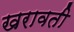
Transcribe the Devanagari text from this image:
खरावती